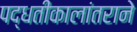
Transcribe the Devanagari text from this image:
पद्धतीकालांतराने